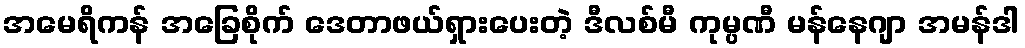
အမေရိကန် အခြေစိုက် ဒေတာဖယ်ရှားပေးတဲ့ ဒီလစ်မီ ကုမ္ပဏီ မန်နေဂျာ အမန်ဒါ